system: You are a helpful assistant.
user:
Analyze the provided spectrum to determine if it is a **Carbon Star (C-type)**.

- **Key Visual Indicators of Carbon Star:**
    - **(Primary):** Strong molecular absorption from **C₂ (diatomic carbon) "Swan Bands."** This is the **defining feature** of a carbon star.
        - **(Key Bandheads):** Sharp absorption edges are visible at approximately $5635$ Å, $5165$ Å (the strongest band), and $4737$ Å.
        - **(Line Profile):** Creates a distinct **"saw-tooth"** pattern. The key morphology is a sharp, steep bandhead on the **red (long-wavelength) side**, which then gradually tapers off (i.e., flux recovers) towards the **blue (short-wavelength) side**. *(This is the direct opposite of the TiO bands seen in M-type stars)*.

    - **(Secondary):** Intense **CN (cyanogen)** molecular absorption bands.
        - **(Key Bandheads):** Located in the blue and violet regions of the spectrum (e.g., near $4215$ Å and $3883$ Å).
        - **(Morphology):** These bands are extremely broad and act as a "blanket," absorbing the vast majority of blue and violet light. This creates a characteristic **"cliff"** or **"steep drop-off"** in the spectrum's flux at short wavelengths.

    - **(Key Confirmation):** Strong **CH absorption band (G-band)**.
        - **(Key Bandhead):** Located around $4300$ Å. The contribution from CH molecules to this band is exceptionally strong.

    - **(Overall Spectrum):**
        - The continuum is severely "chopped up" by these deep molecular bands, especially C₂, rather than appearing as a smooth curve.
        - Due to the heavy CN and C₂ absorption in the blue-green, the vast majority of the star's flux is concentrated in the red part of the spectrum, giving the star its characteristic deep red color.

Think first, call **spectral_visualization_tool** if needed to examine features in detail, then provide your final answer. Your response must adhere to the following strict rules:
1.  **Overall Structure:** Your response must follow the format `<think>...</think> <tool_call>...</tool_call> (if a tool is used) <answer>...</answer>`.
2.  **Tool Usage Constraint:** You may only make **one** tool call per turn.
3.  **Final Answer Format:** In the `<answer>` tag, your conclusion must be inside a `\boxed{}` command (e.g., `\boxed{YES}`), followed by your justification.

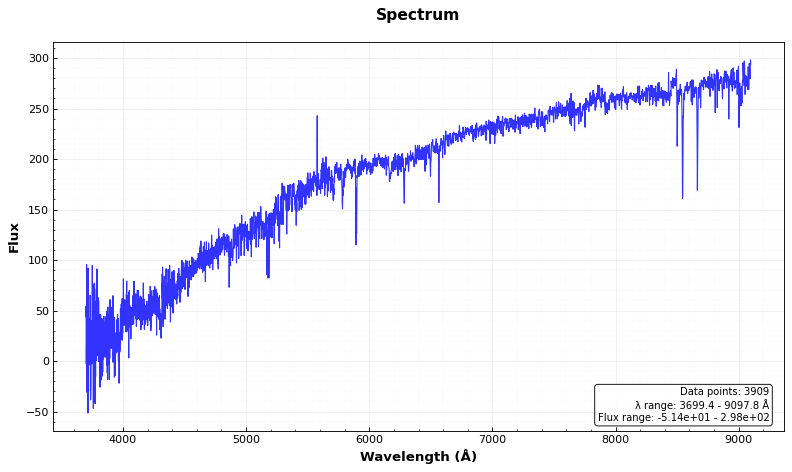
Answer: NO